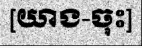
[យាង-ចុះ]